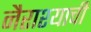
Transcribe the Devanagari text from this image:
नैराश्याची